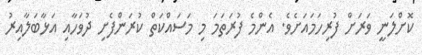
ކޮށްލަނީ ވަރަށް ފުރިހަމައަށެވެ. އެންމެ ފުރަތަމަ މި މަސައްކަތް ކުރަންފެށި ދުވަހާއި އަޅާބަލާއިރު